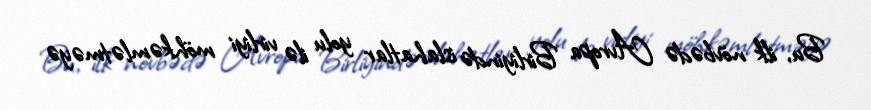
Bu, ilk növbədə Avropa Birliyində islahatlar yolu ilə virliyi möhkəmlətməyə